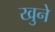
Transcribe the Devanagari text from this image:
खुने